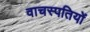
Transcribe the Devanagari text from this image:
वाचस्पतियों